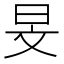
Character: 旻